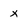
Character: x